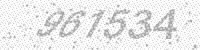
Solution: 961534